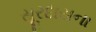
સૂરદાસના